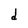
Character: d